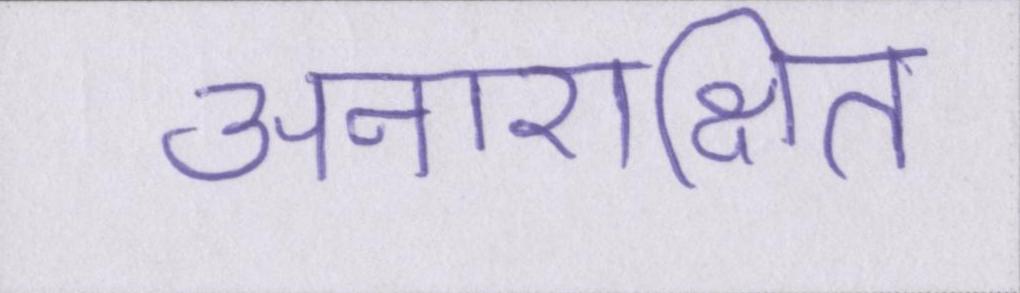
अनारक्षित